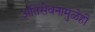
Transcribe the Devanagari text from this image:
अतिसेवनामुळेही